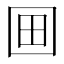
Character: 𡇍